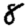
Digit: 8